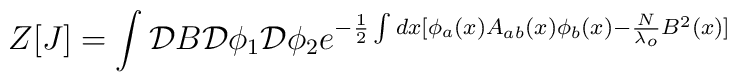
Z[J]=\int{\cal D}B{\cal D}\phi_{1}{\cal D}\phi_{2}e^{-\frac{1}{2} \int dx [\phi_{a}(x)A_{ab}(x)\phi_{b}(x)-\frac{N}{\lambda_{o}}B^2(x)]}